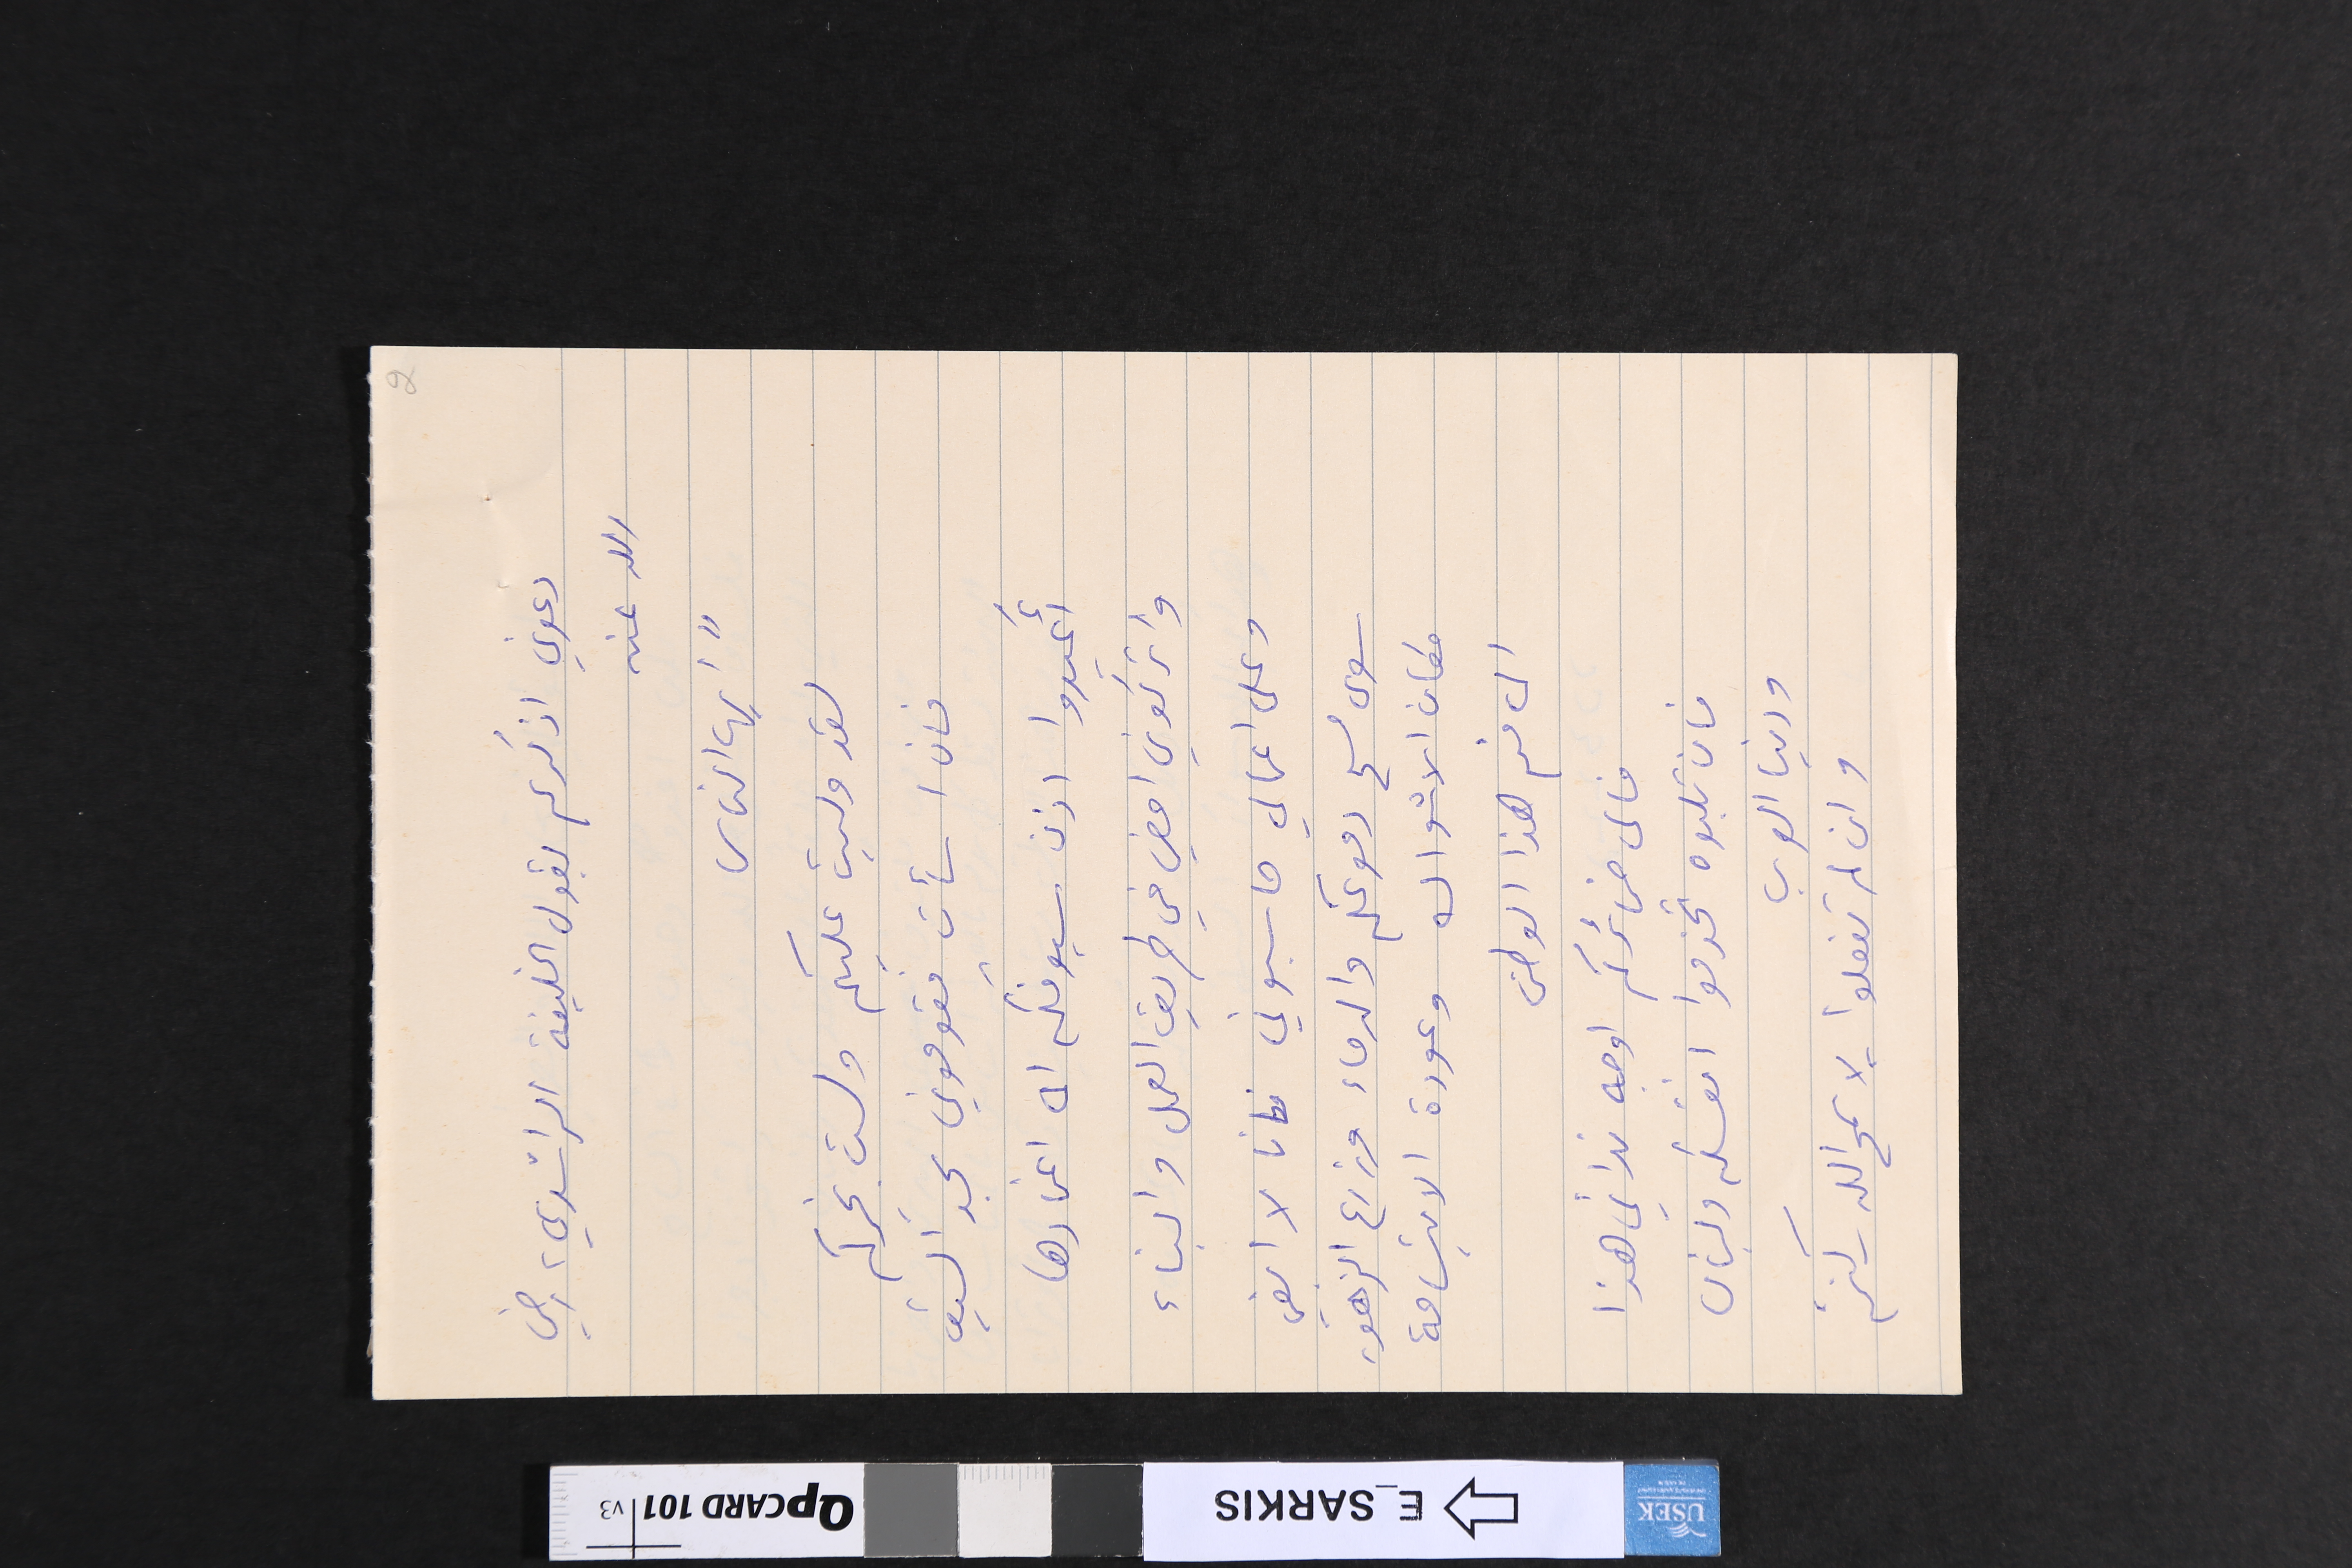
دعوني اذكركم بقول الخليفة الراشدي، رضي
 الله عنه
 "ايها الناس
لقد وليت عليكم ولست بخيركم
فان اسأت فقوموني بحد السيف
أَعيدوا اذن سيوفكم الى اغمادها
واتركوني امضي في طريق العمل والبناء
وعلى اعمالي حاسبوني فانا لا ابغي
سوى مسح دموعكم والدماء وزرع الزهور
مكان الاشواك وعودة الابتسامة
الى فم هذا الوطن
ل
فالى ضمائركم اوجه ندائي هذا
فان تلبوه تخدموا انفسكم ولبنان
ودنيا العرب.
وان لم تفعلوا - لا سمح الله - كنتم